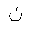
Letter: _non